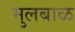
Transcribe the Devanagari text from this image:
मुलबाळ